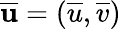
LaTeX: \overline{{\mathbf{u}}}=(\overline{{u}},\overline{{v}})